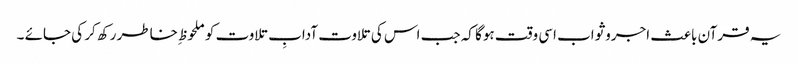
یہ قرآن باعث اجروثواب اسی وقت ہوگا کہ جب اس کی تلاوت آدابِ تلاوت کو ملحوظ ِخاطر رکھ کر کی جائے ۔